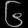
Digit: ၆